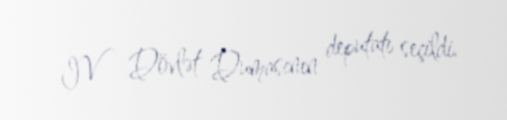
IV Dövlət Dumasının deputatı seçildi.